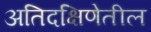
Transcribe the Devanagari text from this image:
अतिदक्षिणेतील